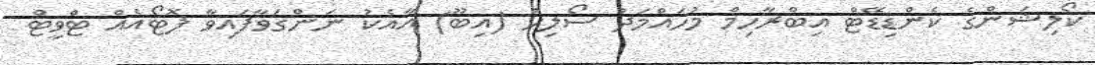
ކޯލިޝަންގެ ކެންޑިޑޭޓް އިބްރާހިމް މުހައްމަދު ސޯލިހު (އިބޫ) އާއެކު ނަންގަވާފައިވާ ފޮޓޯއެއް ޓްވީޓް